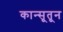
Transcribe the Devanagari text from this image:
कान्सूतून